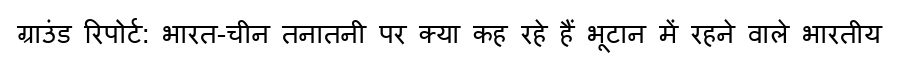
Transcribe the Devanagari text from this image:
ग्राउंड रिपोर्ट: भारत-चीन तनातनी पर क्या कह रहे हैं भूटान में रहने वाले भारतीय